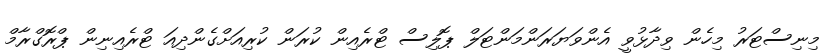
މިނިސްޓަރު މިހެން ވިދާޅުވީ އެންވަޔަރަންމަންޓަލް ޕޮލިސް ޓްރެއިން ކުރަން ކުރިއަށްގެންދިއަ ޓްރެއިނިން ޕްރޮގްރާމް